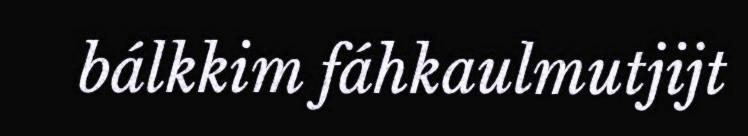
bálkkim fáhkaulmutjijt